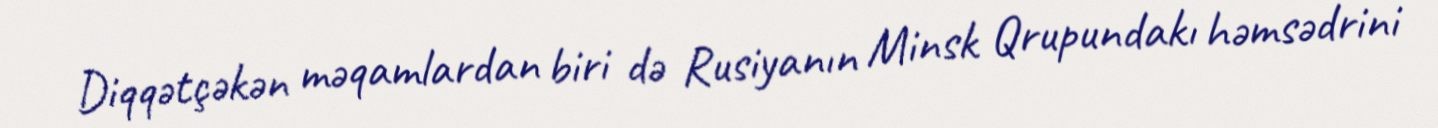
Diqqətçəkən məqamlardan biri də Rusiyanın Minsk Qrupundakı həmsədrini